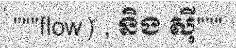
"""flow) , និង ស៊ី"""